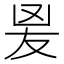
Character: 𭆫